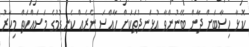
ކޮޅާ ހިސާބަށް ދާން ބޭނުންވާ އުޅަނދުތަކަށް ހާއްސަ ނެރެއް ކެނޑުމުުގެ މަސައްކަތް މިހާރު